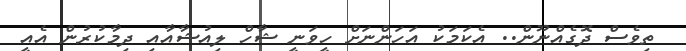
ތިވެސް ދޮގެއްނޫން.. އެކަމަކު އަހަންނަށް ހީވަނީ ޝާހް ލިއުޝާއާއި ދިމާކުރުން އެއީ